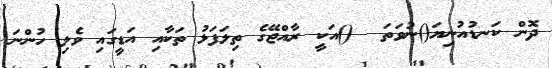
ދޮން ކަނޑުއުނިޔަ()ނުވަތަ  ()އަކީ ރާއްޖޭގެ ތިލަފަޅު ތަކާއި އަޑީގައި ވެލި ހުންނަ